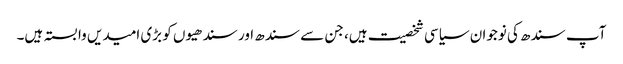
آپ سندھ کی نوجوان سیاسی شخصیت ہیں، جن سے سندھ اور سندھیوں کو بڑی امیدیں وابستہ ہیں۔